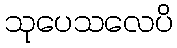
သုပေသလေပိ